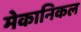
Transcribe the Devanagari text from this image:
मेकानिकल